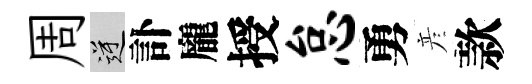
周逆訃龐授怠勇彦款